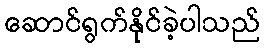
ဆောင်ရွက်နိုင်ခဲ့ပါသည်